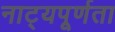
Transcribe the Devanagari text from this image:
नाट्यपूर्णता